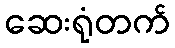
ဆေးရုံတက်